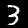
Digit: 3